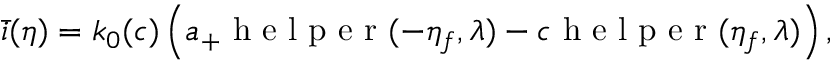
\bar { i } ( \eta ) = k _ { 0 } ( c ) \left( a _ { + } \mathrm { ~ h ~ e ~ l ~ p ~ e ~ r ~ } ( - \eta _ { f } , \lambda ) - c \mathrm { ~ h ~ e ~ l ~ p ~ e ~ r ~ } ( \eta _ { f } , \lambda ) \right) ,